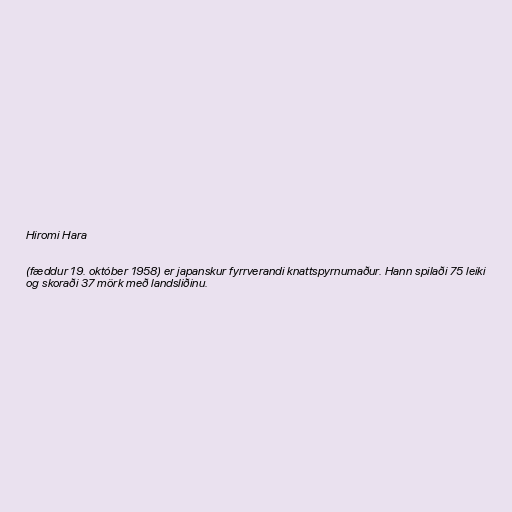
Hiromi Hara

(fæddur 19. október 1958) er japanskur fyrrverandi knattspyrnumaður. Hann spilaði 75 leiki
og skoraði 37 mörk með landsliðinu.